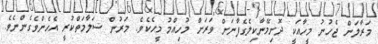
މަރާލަން ޖެހުނު މީހާއަކީ ދޮށިމޭނާކިލެގެފާނަށް ވަރަށް މުހިއްމު މީހެކެވެ. މަރުން ސަލާމަތްކުރީ އެހެންވެގެންނެވެ.